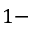
1 -